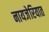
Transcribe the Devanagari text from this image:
नायजेरियात